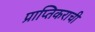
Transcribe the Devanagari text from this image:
प्राप्तिकराची